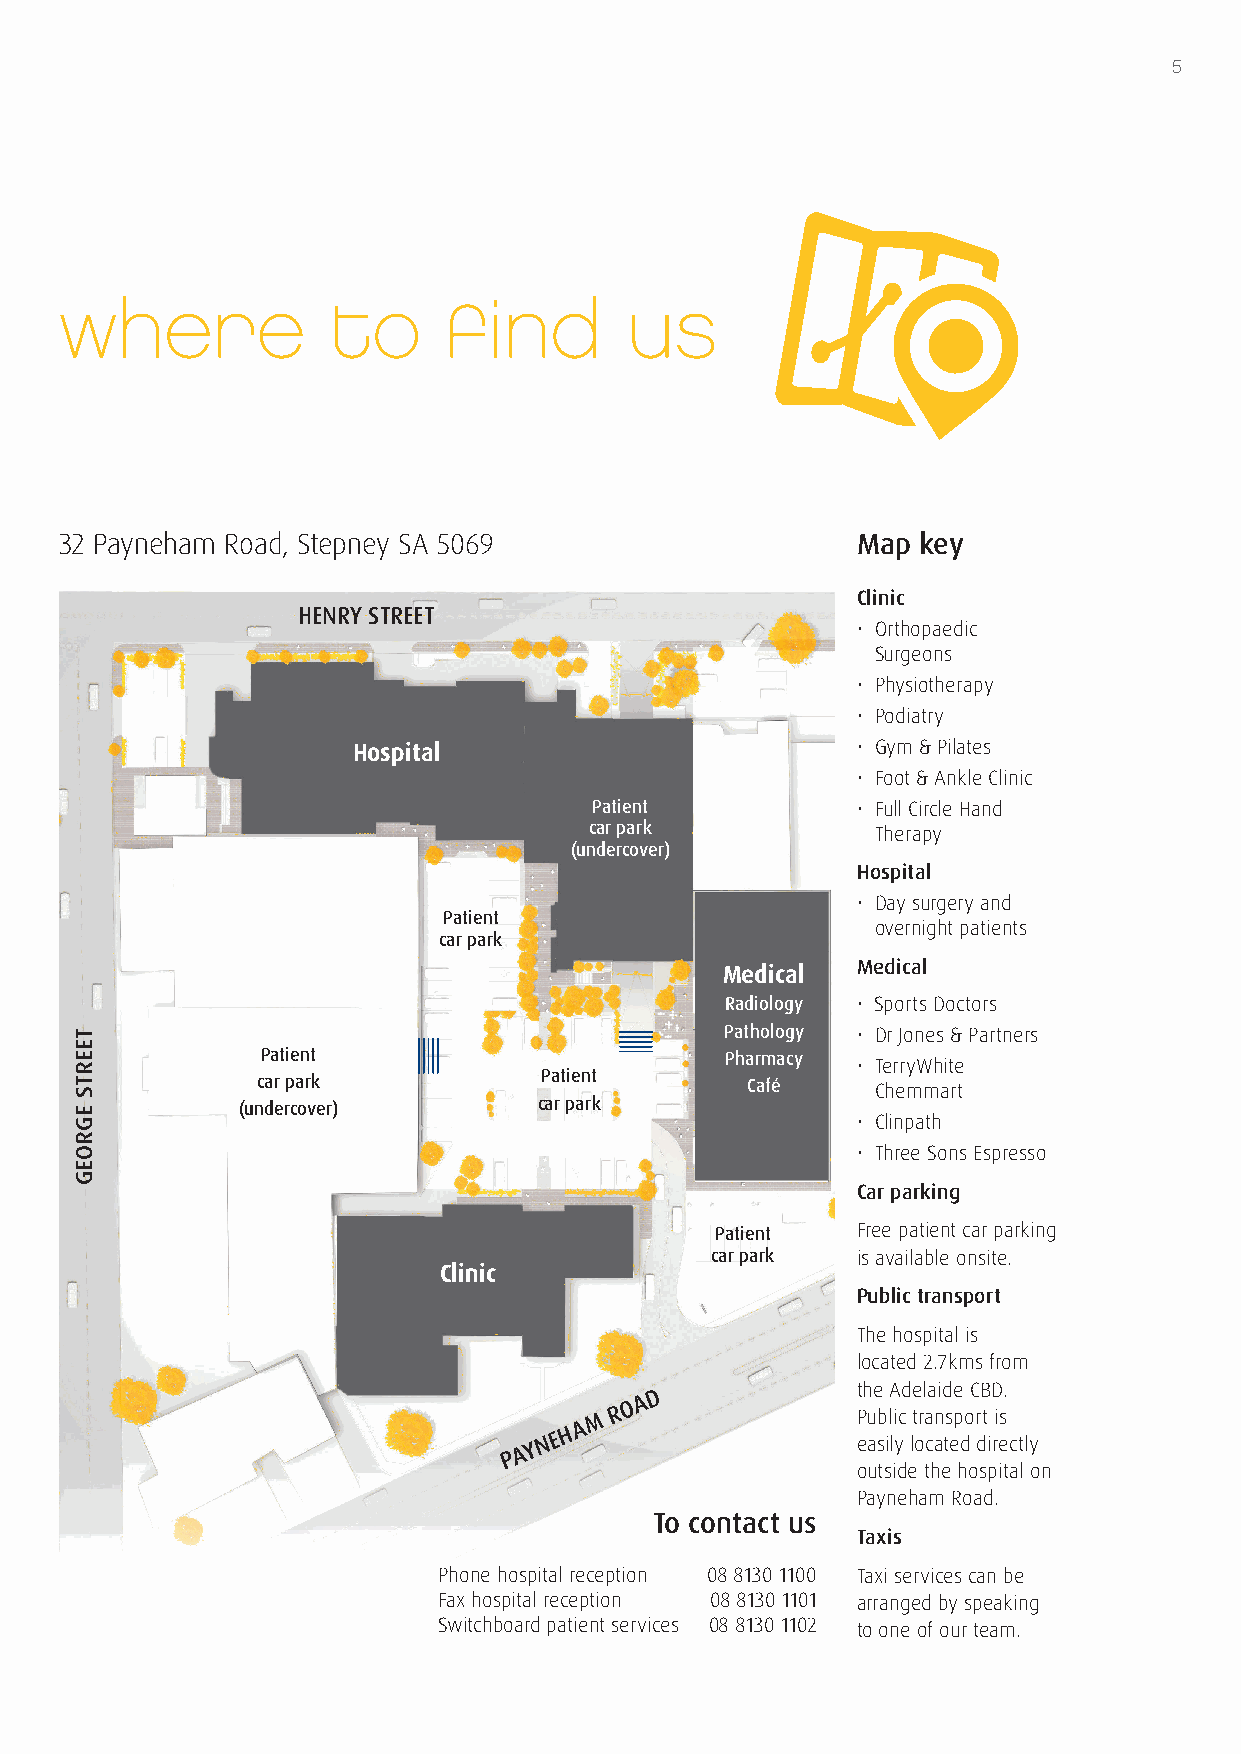
5
 where             to     find        us
 32 Payneham Road, Stepney SA 5069                    Map key
 Clinic
 HENRY STREET
 • Orthopaedic
 Surgeons
 • Physiotherapy
 • Podiatry
 Hospital                          • Gym & Pilates
 • Foot & Ankle Clinic
 Patient           • Full Circle Hand
 car park           Therapy
 (undercover)
 Hospital
 • Day surgery and
 Patient
 overnight patients
 car park
 Medical  Medical
 Radiology • Sports Doctors
 Pathology • Dr Jones & Partners
 Patient                        Pharmacy
 • TerryWhite
 car park           Patient      Café     Chemmart
 (undercover)        car park
 • Clinpath
 • Three Sons Espresso
 Car parking
 Patient   Free patient car parking
 car park  is available onsite.
 Clinic
 Public transport
 The hospital is
 located 2.7kms from
 M R O A D         t Ph ue b lA icd te rl aa nid se p oC rB t D is.
 P A Y N E H A          easily located directly
 outside the hospital on
 Payneham Road.
 To contact us
 Taxis
 Phone hospital reception 08 8130 1100 Taxi services can be
 Fax hospital reception 08 8130 1101 arranged by speaking
 Switchboard patient services 08 8130 1102 to one of our team.
 TEERTS
 EGROEG